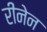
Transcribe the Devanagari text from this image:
रीनेन